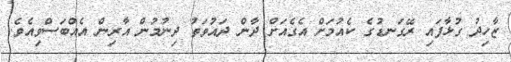
ޒާހިދު ގުޅާފައި ރޭގަނޑުގެ ކެއުމަށް އެގެއަށް ދާން ދައުވަތު ދިނުމުން އާރިން އެއްބަސްވިއެވެ.